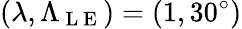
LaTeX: (\lambda,\Lambda_{\mathrm{~L~E~}})=(1,30^{\circ})